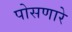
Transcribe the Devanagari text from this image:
पोसणारे